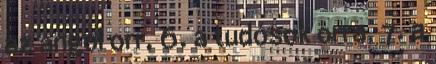
az angol orr, 6. a tudósok orra, 7. a